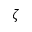
\zeta